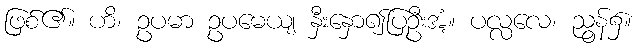
ဖြစ်၏။ ဟိ၊ ဥပမာ ဥပမေယျ နှီးနှော၍ပြဦးအံ့။ ပလ္လလေ၊ ညွန်၌။